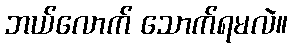
ဘယ်လောက် သောက်ရမလဲ။